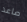
صاعد